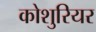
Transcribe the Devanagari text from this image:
कोशुरियर